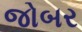
જોબર